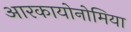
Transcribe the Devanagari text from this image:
आरकायोनोमिया